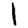
Digit: 1